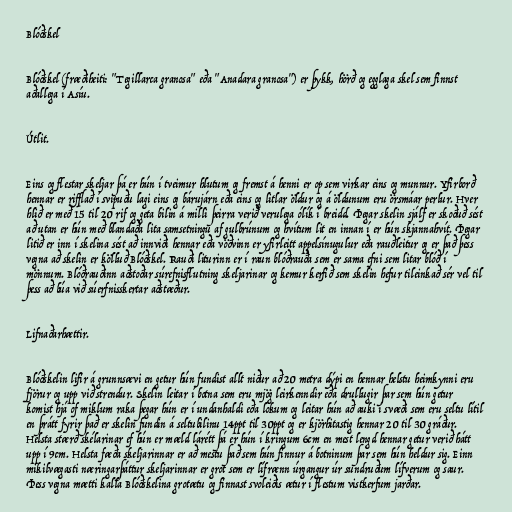
Blóðskel

Blóðskel (fræðiheiti: "Tegillarca granosa" eða "Anadara granosa") er þykk, hörð og egglaga skel sem finnst
aðallega í Asíu.

Útlit.

Eins og flestar skeljar þá er hún í tveimur hlutum og fremst á henni er op sem virkar eins og munnur. Yfirborð
hennar er rifflað í svipuðu lagi eins og bárujárn eða eins og litlar öldur og á öldunum eru örsmáar perlur. Hver
hlið er með 15 til 20 rif og geta bilin á milli þeirra verið verulega ólík í breidd. Þegar skelin sjálf er skoðuð sést
að utan er hún með blandaða lita samsetningu af gulbrúnum og hvítum lit en innan í er hún skjannahvít. Þegar
litið er inn í skelina sést að innviði hennar eða vöðvinn er yfirleitt appelsínugulur eða rauðleitur og er það þess
vegna að skelin er kölluð Blóðskel. Rauði liturinn er í raun blóðrauða sem er sama efni sem litar blóð í
mönnum. Blóðrauðinn aðstoðar súrefnisflutning skeljarinar og kemur kerfið sem skelin hefur tileinkað sér vel til
þess að búa við súerfnisskertar aðstæður.

Lifnaðarhættir.

Blóðskelin lifir á grunnsævi en getur hún fundist allt niður að 20 metra dýpi en hennar helstu heimkynni eru
fjörur og upp við strendur. Skelin leitar í botna sem eru mjög leirkenndir eða drullugir þar sem hún getur
komist hjá of miklum raka þegar hún er í undanhaldi eða lokum og leitar hún að auki í svæði sem eru seltu lítil
en þrátt fyrir það er skelin fundin á seltubilinu 14ppt til 30ppt og er kjörhitastig hennar 20 til 30 gráður.
Helsta stærð skélarinar ef hún er mæld lárétt þá er hún í kringum 6cm en mest lengd hennar getur verið hátt
upp í 9cm. Helsta fæða skeljarinnar er að mestu það sem hún finnur á botninum þar sem hún heldur sig. Einn
mikilvægasti næringarþáttur skeljarinnar er grot sem er lífrænn úrgangur úr sundruðum lífverum og saur.
Þess vegna mætti kalla Blóðskelina grotætu og finnast svoleiðis ætur í flestum vistkerfum jarðar.